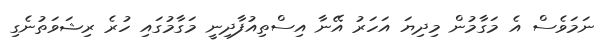
ނަމަވެސް އެ މަގާމުން މިދިޔަ އަހަރު އޭނާ އިސްތިއުފާދިނީ މަގާމުގައި ހުރެ ރިޝަވަތުނެގި